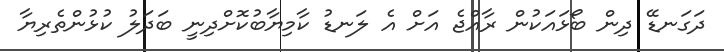
ދަގަނޑޭ ދިން ބޯޅައަކުން ރާއްޖެ އަށް އެ ލަނޑު ކާމިޔާބުކޮށްދިނީ ބަދަލު ކުޅުންތެރިޔާ